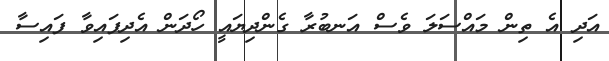
އަދި އެ ތިން މައްސަލަ ވެސް އަނބުރާ ގެންދިޔައީ ހޯދަން އެދިފައިވާ ފައިސާ